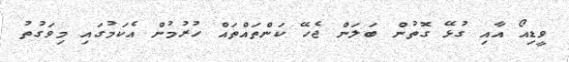
ވީޑިއޯ އާއި ގުޅޭ ގޮތުން ބަލަން ޖެހޭ ކަންތައްތައް ހުރުމުން އެކަމުގައި މިވަގުތު